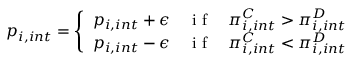
p _ { i , i n t } = \left\{ \begin{array} { l l } { p _ { i , i n t } + \epsilon } & { \mathrm { ~ i ~ f ~ } \quad \pi _ { i , i n t } ^ { C } > \pi _ { i , i n t } ^ { D } } \\ { p _ { i , i n t } - \epsilon } & { \mathrm { ~ i ~ f ~ } \quad \pi _ { i , i n t } ^ { C } < \pi _ { i , i n t } ^ { D } } \end{array} \right.